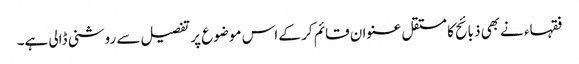
فقہاء نےبھی ذبائح کا مستقل عنوان قائم کر کے اس موضوع پر تفصیل سے روشنی ڈالی ہے۔